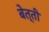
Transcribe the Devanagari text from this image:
बेत्ती